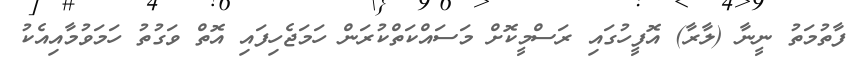
ފާތުމަތު ނީނާ (ލާރާ) އޮފީހުގައި ރަސްމީކޮށް މަސައްކަތްކުރަން ހަމަޖެހިފައި އޮތް ވަގުތު ހަމަވުމާއިއެކު